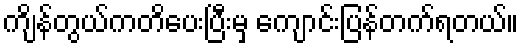
ကျိန်တွယ်ကတိပေးပြီးမှ ကျောင်းပြန်တက်ရတယ်။